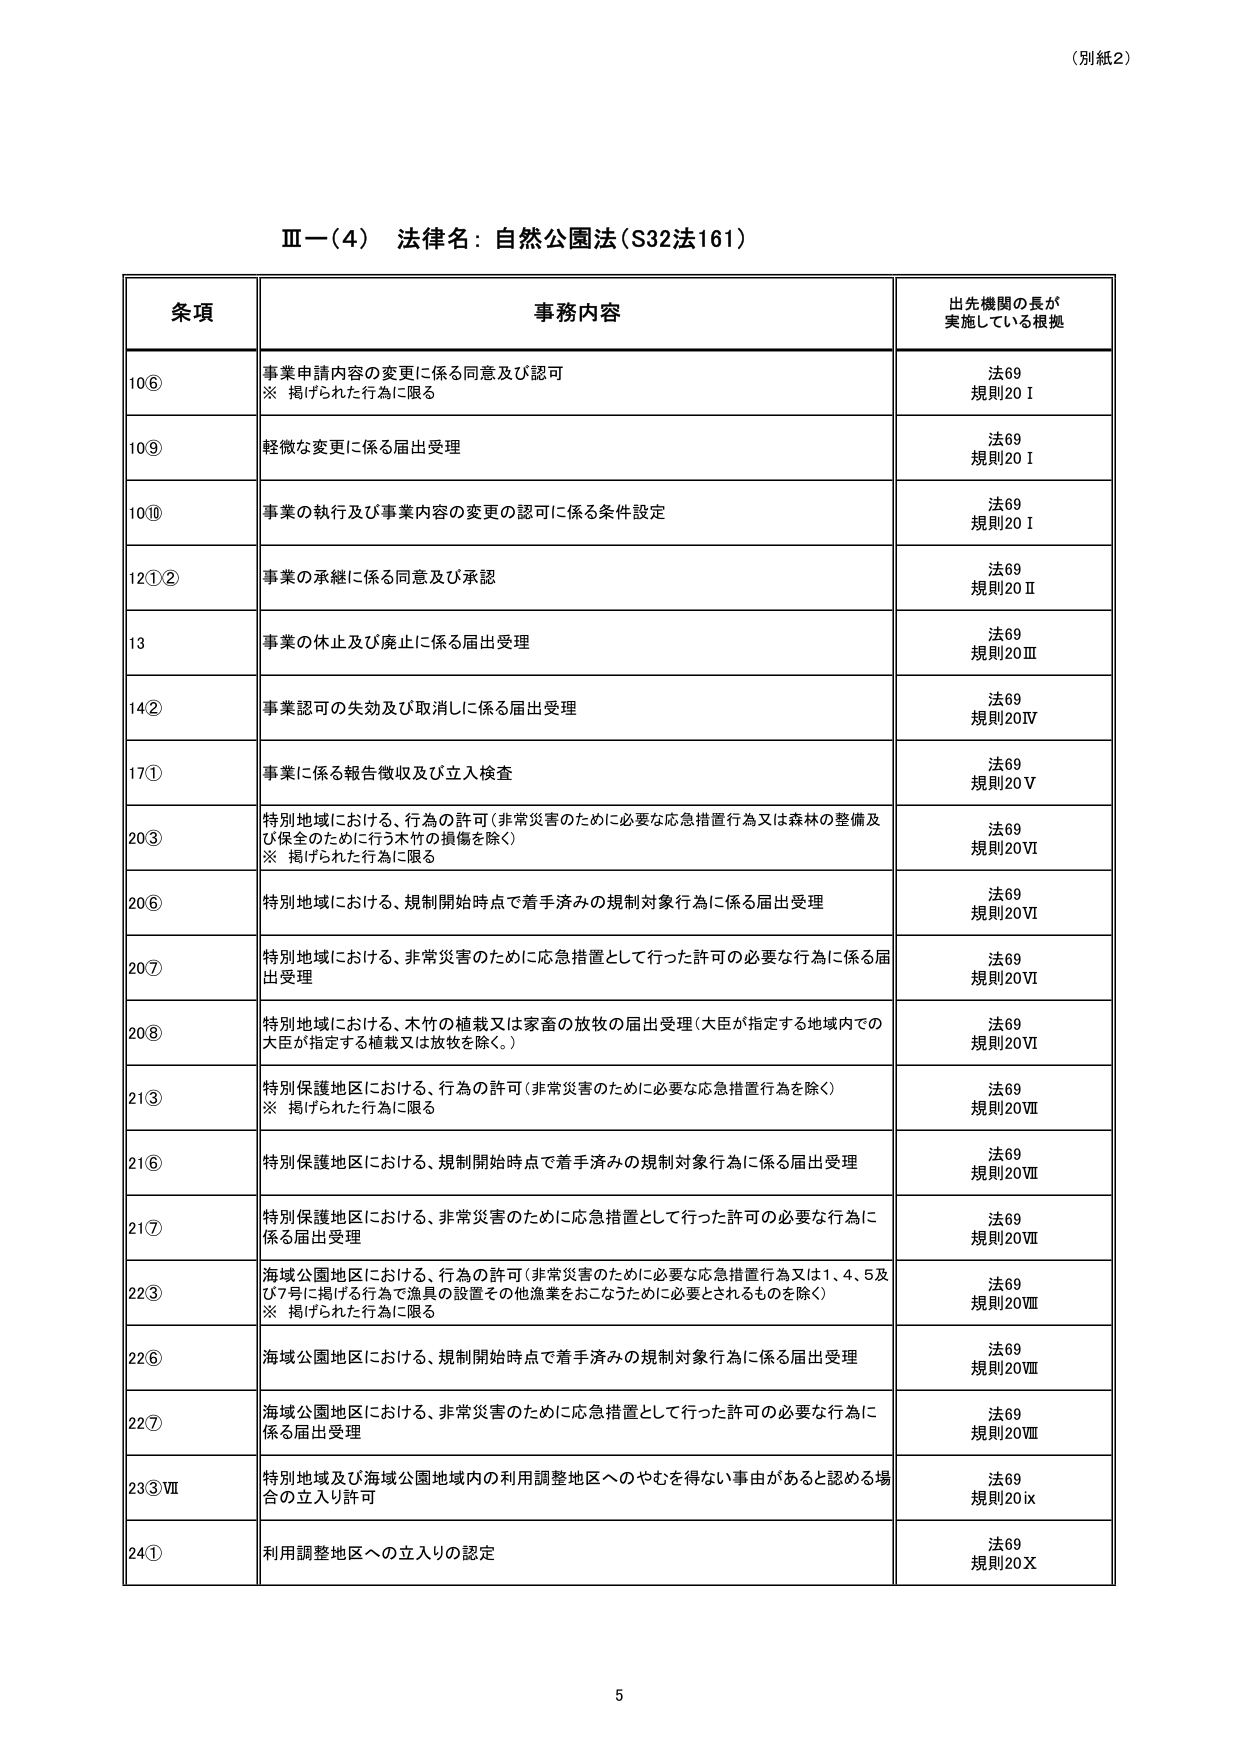
（別紙2）

Ⅲ－（4） 法律名：自然公園法（S32法161）

条項 事務内容 出先機関の長が実施している根拠

10⑥ 事業申請内容の変更に係る同意及び認可 ※ 掲げられた行為に限る 法69 規則20Ⅰ

10⑨ 軽微な変更に係る届出受理 法69 規則20Ⅰ

10⑩ 事業の執行及び事業内容の変更の認可に係る条件設定 法69 規則20Ⅰ

12①② 事業の承継に係る同意及び承認 法69 規則20Ⅱ

13 事業の休止及び廃止に係る届出受理 法69 規則20Ⅲ

14② 事業認可の失効及び取消しに係る届出受理 法69 規則20Ⅳ

17① 事業に係る報告徴収及び立入検査 法69 規則20Ⅴ

20③ 特別地域における、行為の許可（非常災害のために必要な応急措置行為又は森林の整備及び保全のために行う木竹の損傷を除く） ※ 掲げられた行為に限る 法69 規則20Ⅵ

20⑥ 特別地域における、規制開始時点で着手済みの規制対象行為に係る届出受理 法69 規則20Ⅵ

20⑦ 特別地域における、非常災害のために応急措置として行った許可の必要な行為に係る届出受理 法69 規則20Ⅵ

20⑧ 特別地域における、木竹の植栽又は家畜の放牧の届出受理（大臣が指定する地域内での大臣が指定する植栽又は放牧を除く。） 法69 規則20Ⅵ

21③ 特別保護地区における、行為の許可（非常災害のために必要な応急措置行為を除く） ※ 掲げられた行為に限る 法69 規則20Ⅶ

21⑥ 特別保護地区における、規制開始時点で着手済みの規制対象行為に係る届出受理 法69 規則20Ⅶ

21⑦ 特別保護地区における、非常災害のために応急措置として行った許可の必要な行為に係る届出受理 法69 規則20Ⅶ

22③ 海域公園地区における、行為の許可（非常災害のために必要な応急措置行為又は1、4、5及び7号に掲げる行為で漁具の設置その他漁業をおこなうために必要とされるものを除く） ※ 掲げられた行為に限る 法69 規則20Ⅷ

22⑥ 海域公園地区における、規制開始時点で着手済みの規制対象行為に係る届出受理 法69 規則20Ⅷ

22⑦ 海域公園地区における、非常災害のために応急措置として行った許可の必要な行為に係る届出受理 法69 規則20Ⅷ

23③Ⅶ 特別地域及び海域公園地域内の利用調整地区へのやむを得ない事由があると認める場合の立入り許可 法69 規則20ⅸ

24① 利用調整地区への立入りの認定 法69 規則20Ⅹ

5